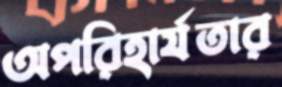
অপরিহার্যতার